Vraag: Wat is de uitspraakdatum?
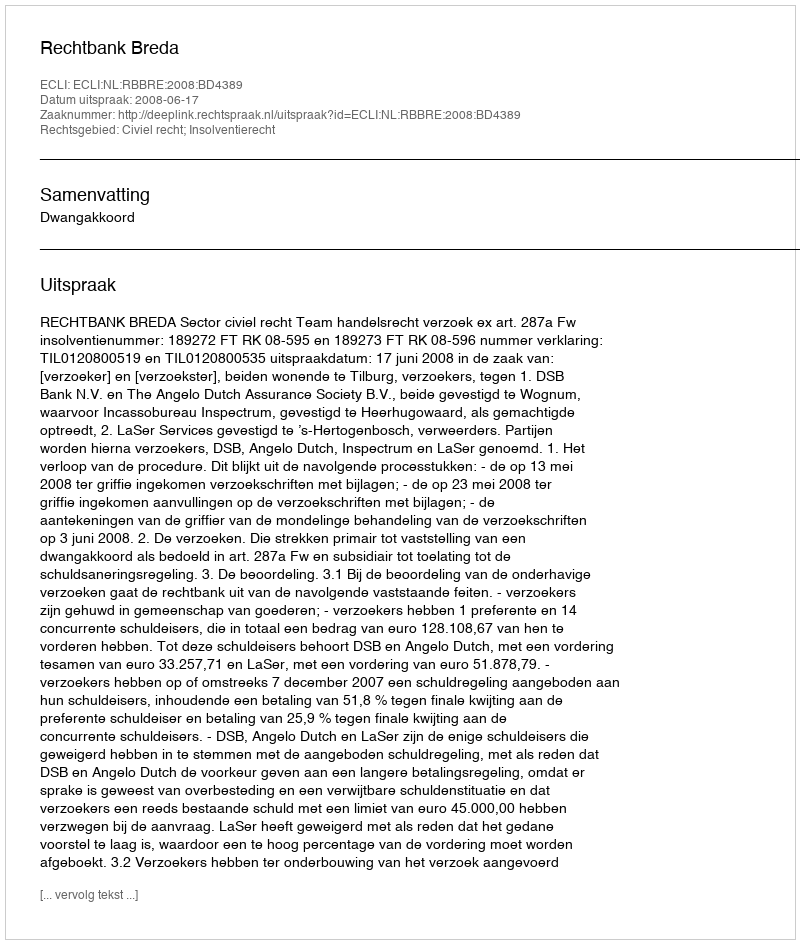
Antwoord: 2008-06-17